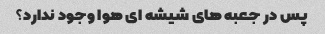
پس در جعبه های شیشه ای هوا وجود ندارد؟